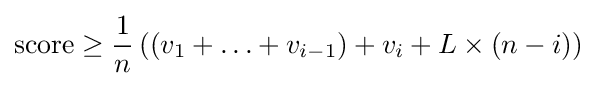
{\text{score}}\geq {\frac {1}{n}}\left((v_{1}+\ldots +v_{i-1})+v_{i}+L\times (n-i)\right)